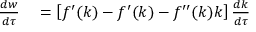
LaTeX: \begin{array} { r l } { { \frac { d w } { d \tau } } } & { { } = \left[ f ^ { \prime } ( k ) - f ^ { \prime } ( k ) - f ^ { \prime \prime } ( k ) k \right] { \frac { d k } { d \tau } } } \end{array}